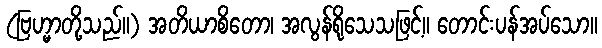
(ဗြဟ္မာတို့သည်။) အတိယာစိတော၊ အလွန်ရိုသေသဖြင့်။ တောင်းပန်အပ်သော။